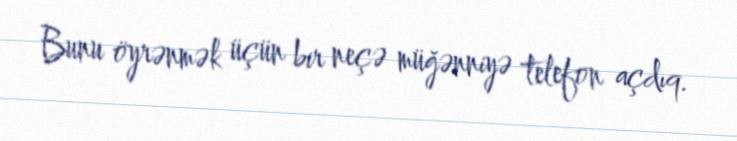
Bunu öyrənmək üçün bir neçə müğənniyə telefon açdıq.